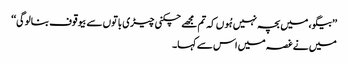
’’بیگو، میں بچہ نہیں ہُوں کہ تم مجھے چکنی چیڑی باتوں سے بیوقوف بنالوگی‘‘
میں نے غصہ میں اس سے کہا۔